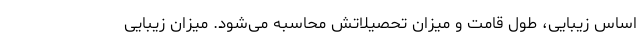
اساس زیبایی، طول قامت و میزان تحصیلاتش محاسبه می‌شود. میزان زیبایی